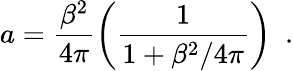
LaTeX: a=\frac{\beta^{2}}{4\pi}\left(\frac{1}{1+\beta^{2}/4\pi}\right)\, \, \, .